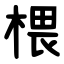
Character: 椳